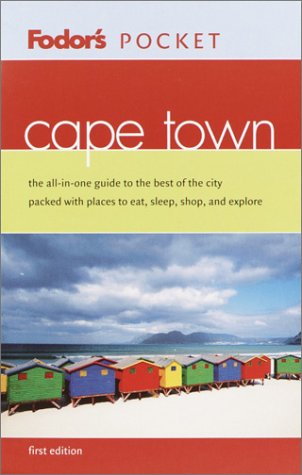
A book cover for Fodor's Pocket Cape Town, 1st Edition: The All-in-One Guide to the Best of the City Packed with Places to Eat, Sleep, Shop, and Explore (Pocket Guides); Fodor's; Travel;